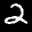
Label: 2